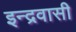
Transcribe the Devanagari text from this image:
इन्द्रवासी